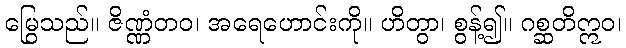
မြွေသည်။ ဇိဏ္ဏံတဝ၊ အရေဟောင်းကို။ ဟိတွာ၊ စွန့်၍။ ဂစ္ဆတိဣဝ၊